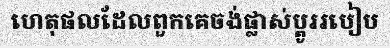
ហេតុផលដែលពួកគេចង់ផ្លាស់ប្តូររបៀប